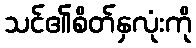
သင်၏စိတ်နှလုံးကို